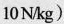
10N/kg)